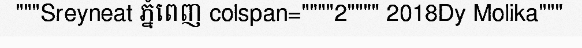
"""Sreyneat ភ្នំពេញ colspan=""""2"""" 2018Dy Molika"""